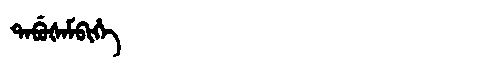
Manchu: ᡨᠠᠪᡠᡧᠠᠮᠪᡳᡥᡝ
Romanization: TABUŠAMBIHE